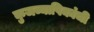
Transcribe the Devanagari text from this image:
कुजव्यापिकांची